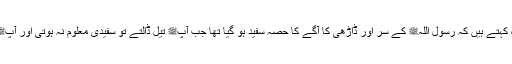
1559: سیدنا جابر بن سمرہؓ کہتے ہیں کہ رسول اللہﷺ کے سر اور ڈاڑھی کا آگے کا حصہ سفید ہو گیا تھا جب آپﷺ تیل ڈالتے تو سفیدی معلوم نہ ہوتی اور آپﷺ کی ڈاڑھی بہت گھنی تھی۔